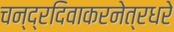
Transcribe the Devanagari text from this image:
चन्द्रदिवाकरनेत्रधरे